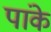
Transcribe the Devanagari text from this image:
पांके